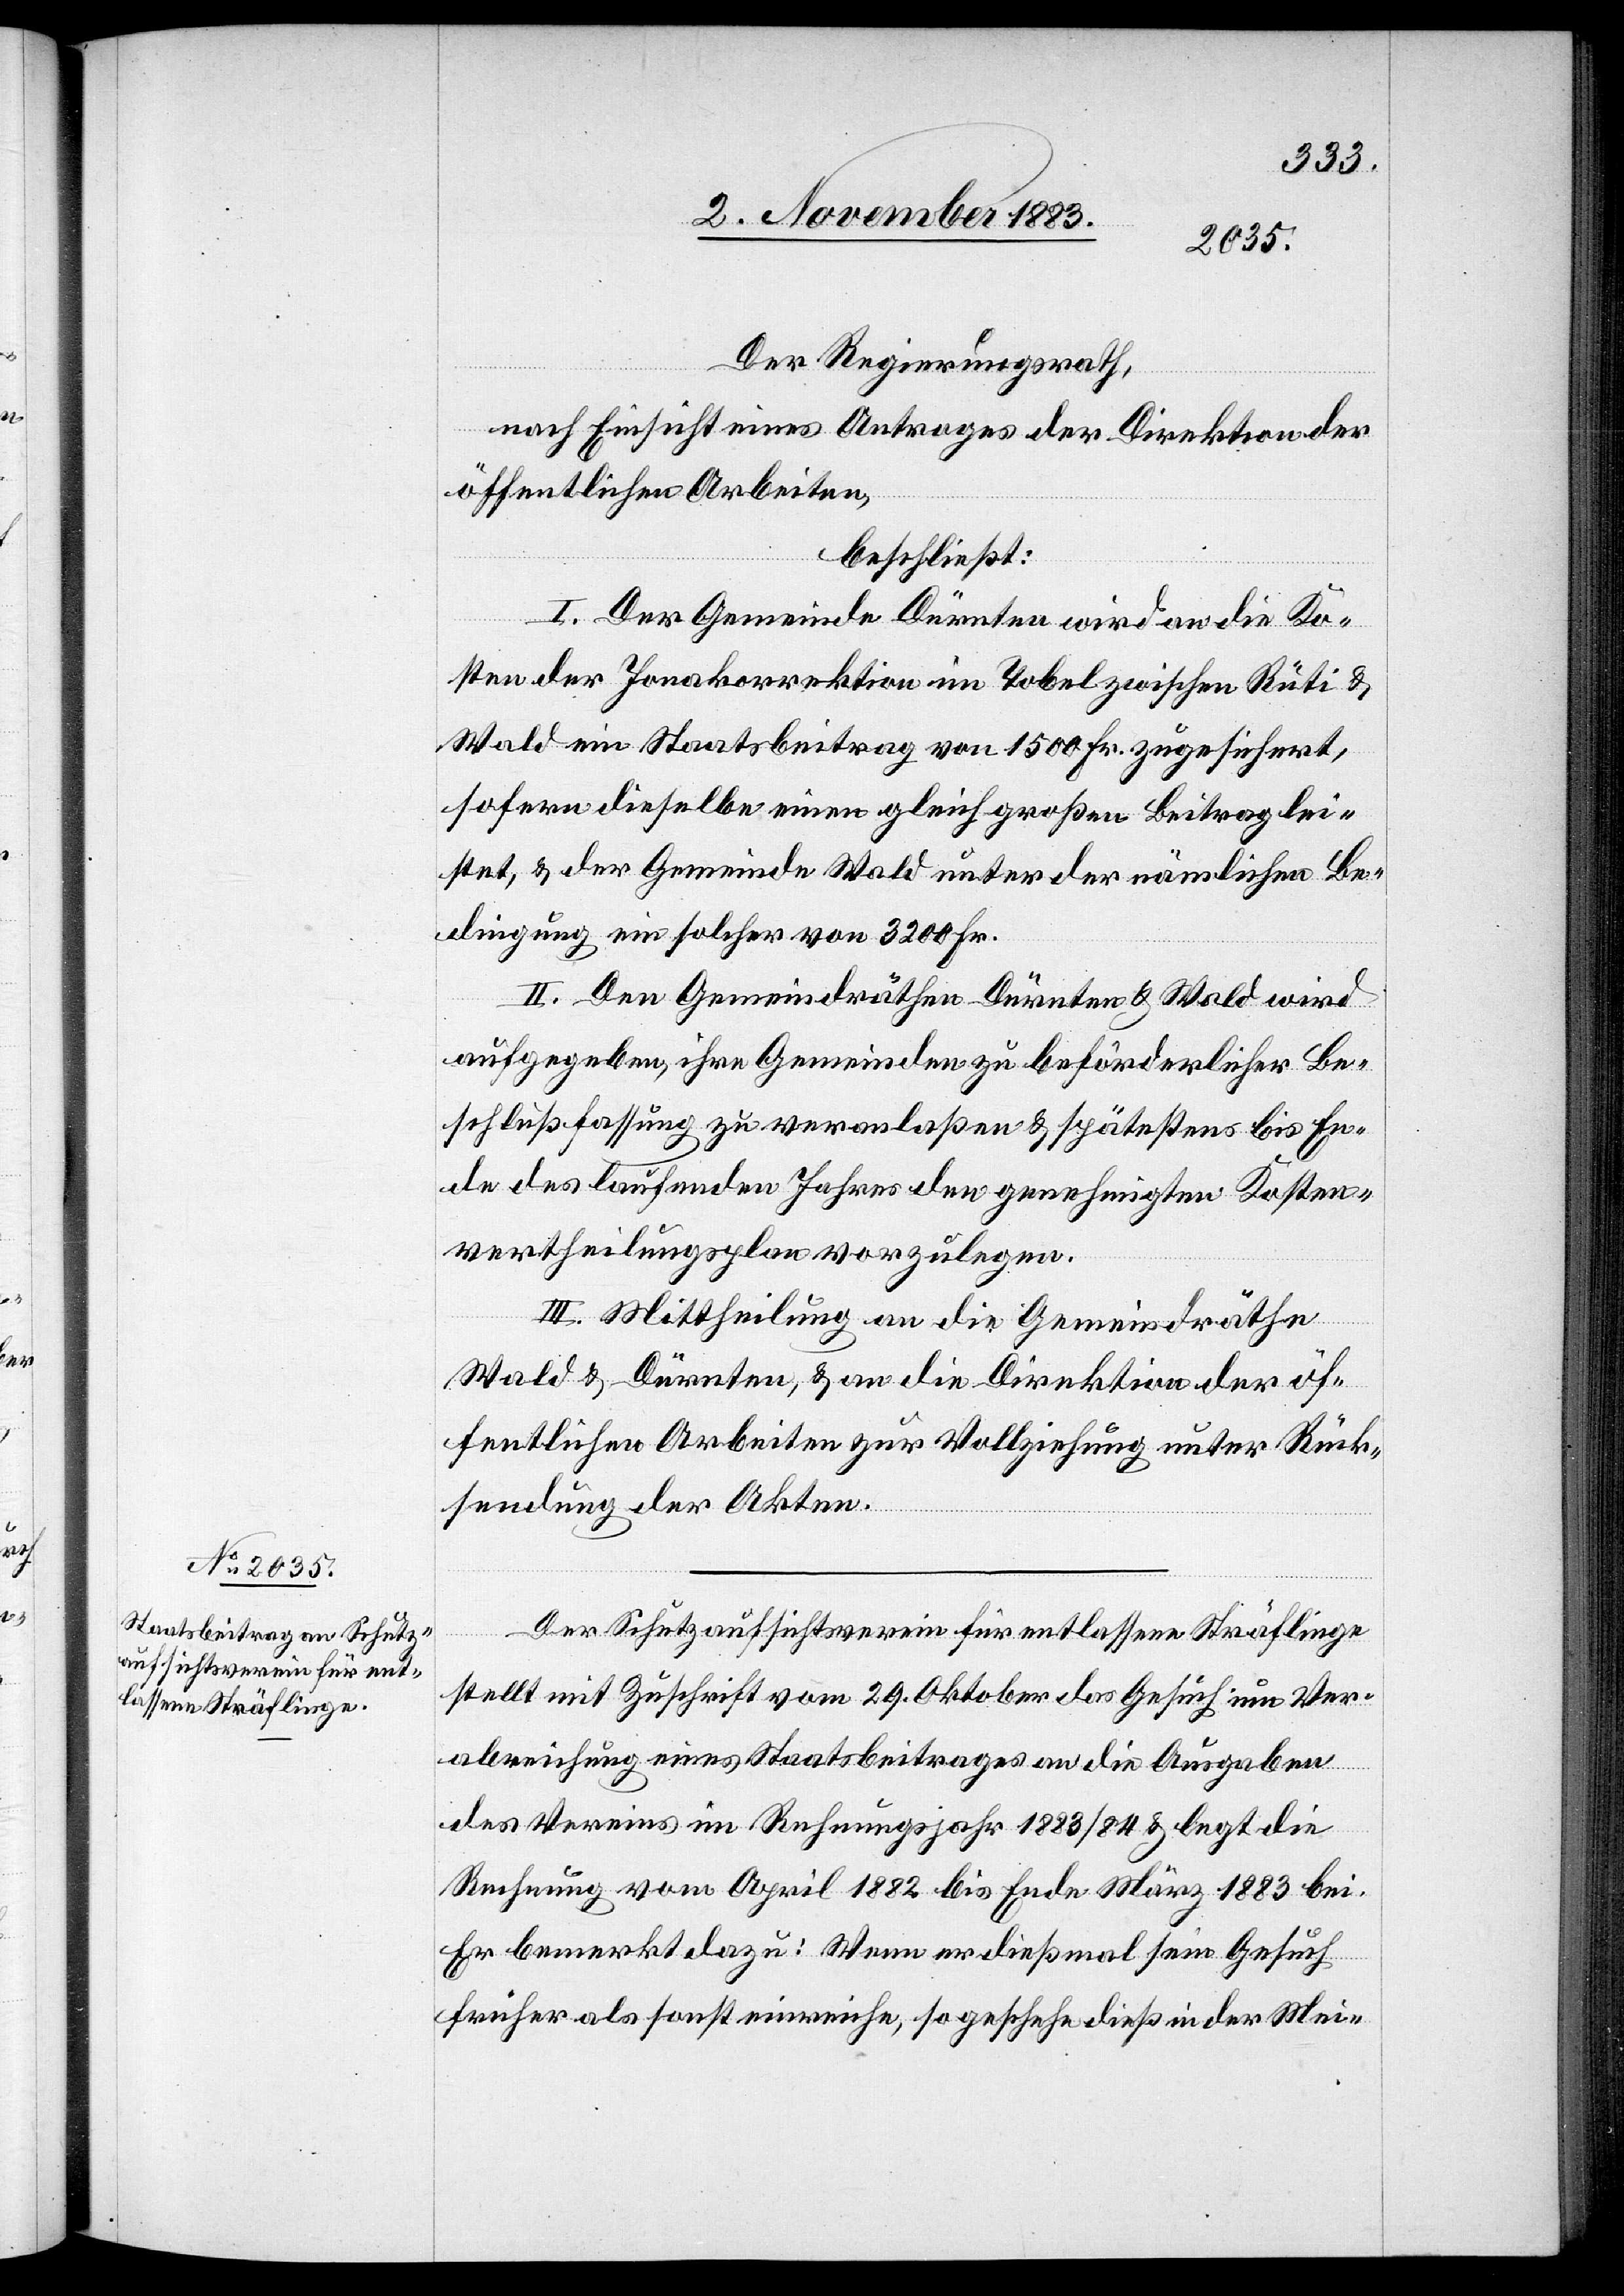
Der Regierungsrath,
nach Einsicht eines Antrages der Direktion der
öffentlichen Arbeiten,
beschließt:
I. Der Gemeinde Dürnten wird an die Ko¬
sten der Jonakorrektion im Tobel zwischen Rüti &
Wald ein Staatsbeitrag von 1500 Fr. zugesichert,
sofern dieselbe einen gleich großen Beitrag lei¬
stet, & der Gemeinde Wald unter der nämlichen Be¬
dingung ein solcher von 3200 Fr.
II. Den Gemeindräthen Dürnten & Wald wird
aufgegeben, ihre Gemeinden zu beförderlicher Be¬
schlußfassung zu veranlaßen & spätestens bis En¬
de des laufenden Jahres den genehmigten Kosten¬
vertheilungsplan vorzulegen.
III. Mittheilung an die Gemeindräthe
Wald & Dürnten, & an die Direktion der öf¬
fentlichen Arbeiten zur Vollziehung unter Rück¬
sendung der Akten.
Der Schutzaufsichtsverein für entlassene Sträflinge
stellt mit Zuschrift vom 29. Oktober das Gesuch um Ver¬
abreichung eines Staatsbeitrages an die Ausgaben
des Vereins im Rechnungsjahr 1883/84 & legt die
Rechnung vom April 1882 bis Ende März 1883 bei.
Er bemerkt dazu: Wenn er dießmal sein Gesuch
früher als sonst einreiche, so geschehe dieß in der Mei-